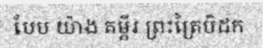
បែប យ៉ាង គម្ពីរ ព្រះត្រៃបិដក